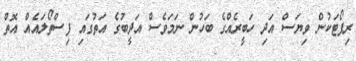
ރިޕޯޓަކުން ވިޔަސް އަދި ހަބީރެއްގެ ބަހުން ނަމަވެސް އަދީބުގެ އަތުގައި ފިސްތޯލައެއް އޮތް